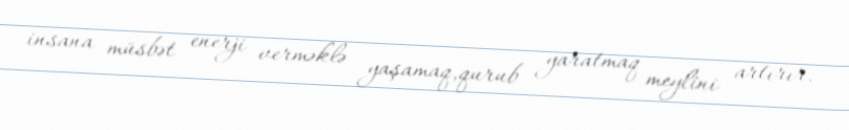
insana müsbət enerji verməklə yaşamaq,qurub yaratmaq meylini artırır.